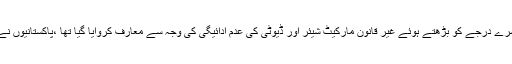
قبل ازیں ایف بی آر کا کہنا تھا کہ فیڈرل ایکسائز ڈیوٹی کے تیسرے درجے کو بڑھتے ہوئے غیر قانون مارکیٹ شیئر اور ڈیوٹی کی عدم ادائیگی کی وجہ سے معارف کروایا گیا تھا ،ْپاکستانیوں نے گزشتہ مالی سال کے دوران 59 ارب سگریٹ خرچ کیں تھیں۔